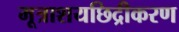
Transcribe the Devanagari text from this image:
मूत्राशयछिद्रीकरण